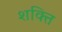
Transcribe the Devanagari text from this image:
श्‍ाक्‍ित